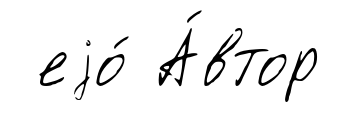
еjо́ А́втор